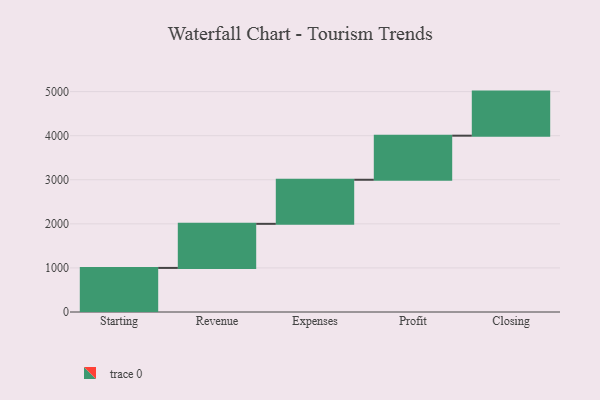
{"axis": {"x": "Step", "y": "Value"}, "legend": [""], "data": [{"x": "Starting", "y": 1000, "type": ""}, {"x": "Revenue", "y": 1000, "type": ""}, {"x": "Expenses", "y": 1000, "type": ""}, {"x": "Profit", "y": 1000, "type": ""}, {"x": "Closing", "y": 1000, "type": ""}]}